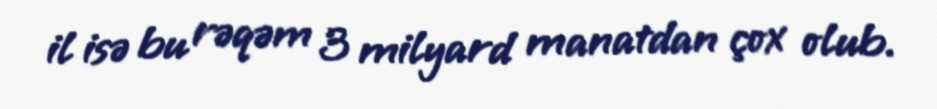
il isə bu rəqəm 3 milyard manatdan çox olub.